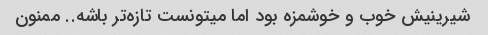
شیرینیش خوب و خوشمزه بود اما میتونست تازه‌تر باشه.. ممنون